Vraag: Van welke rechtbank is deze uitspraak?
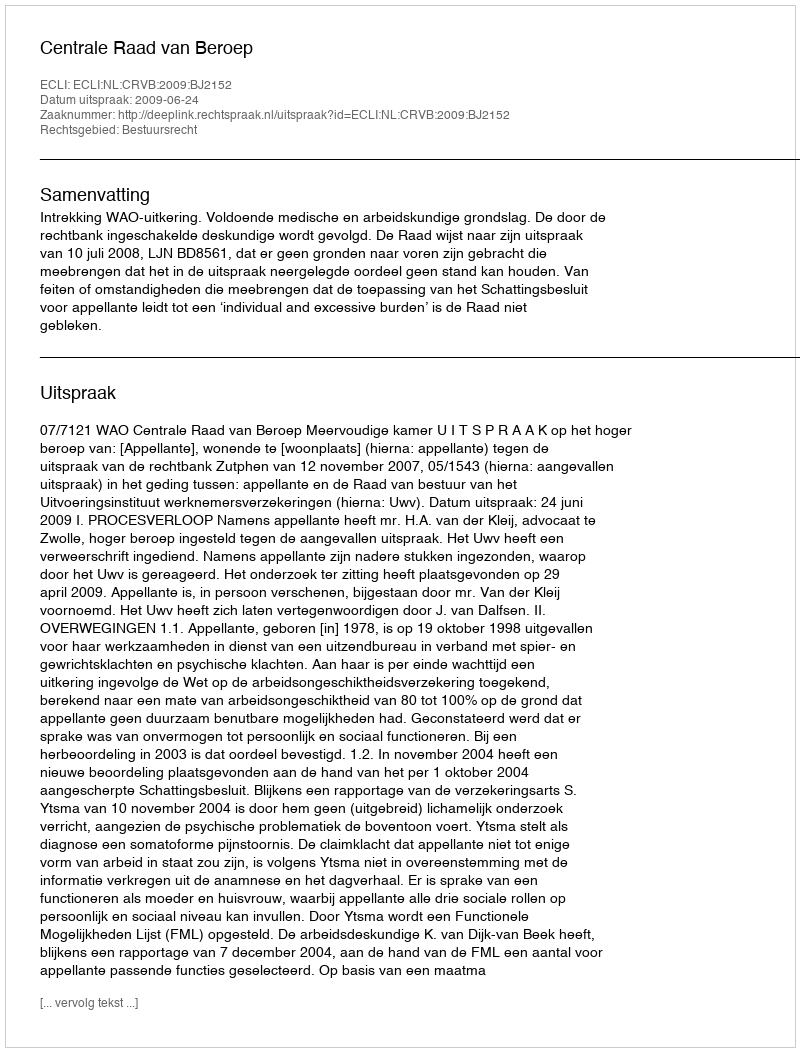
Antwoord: Centrale Raad van Beroep